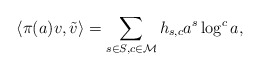
\begin{align*}\left<\pi(a)v,\tilde{v}\right>=\sum_{s\in S,c\in \mathcal{M}} h_{s,c}a^s\log^c a,\end{align*}